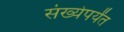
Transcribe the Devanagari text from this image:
संख्येपर्यंत